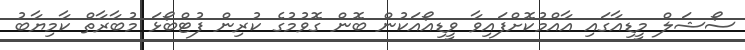
ސޯޝަލް މީޑިއާގައި އާއްމުކޮށްފައިވާ ވީޑިއޯއަކުން ބޮން ގޮވުމުގެ ކުރިން ފުޓްބޯޅަ މުބާރާތް ކާމިޔާބު